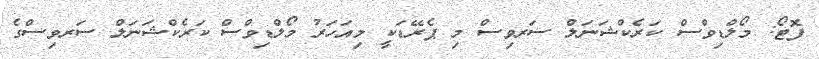
ފޮޓޯ: މޯލްޑިވްސް ކަރެކްޝަނަލް ސަރވިސް މި ޕެރޭޑަކީ މިއަހަރު މޯލްޑިވްސް ކަރެކްޝަނަލް ސަރވިސްގެ